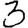
Digit: 3